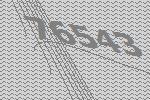
76543